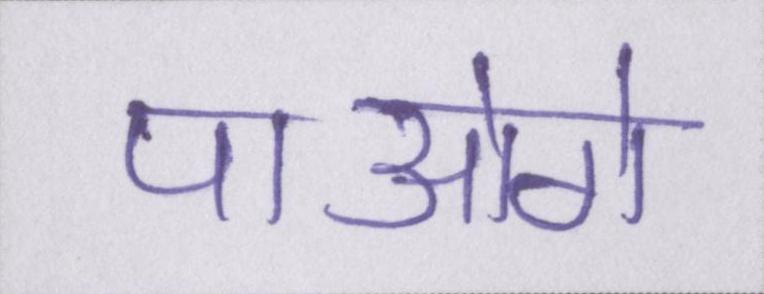
पाओगे